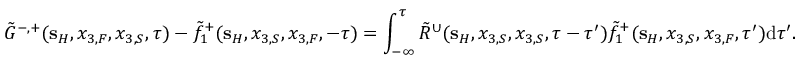
\tilde { G } ^ { - , + } ( { \bf s } _ { H } , x _ { 3 , F } , x _ { 3 , S } , \tau ) - \tilde { f } _ { 1 } ^ { + } ( { \bf s } _ { H } , x _ { 3 , S } , x _ { 3 , F } , - \tau ) = \int _ { - \infty } ^ { \tau } \tilde { R } ^ { \cup } ( { \bf s } _ { H } , x _ { 3 , S } , x _ { 3 , S } , \tau - \tau ^ { \prime } ) \tilde { f } _ { 1 } ^ { + } ( { \bf s } _ { H } , x _ { 3 , S } , x _ { 3 , F } , \tau ^ { \prime } ) \mathrm { d } \tau ^ { \prime } .